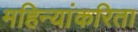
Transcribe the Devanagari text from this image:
महिन्यांकरिता